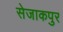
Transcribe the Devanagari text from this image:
सेजाकपुर